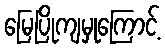
မြေပြိုကျမှုကြောင့်